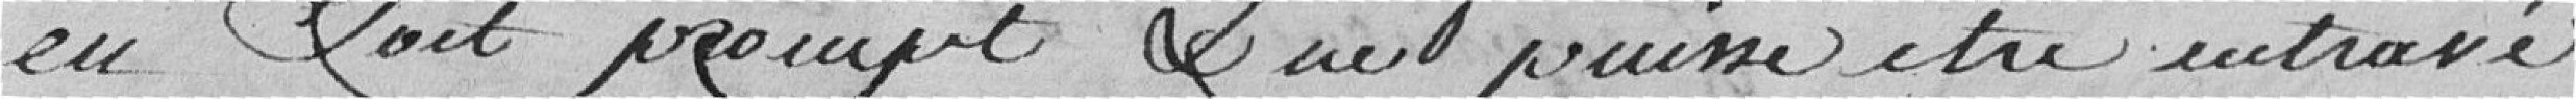
en soit prompt et ne puisse être entravé